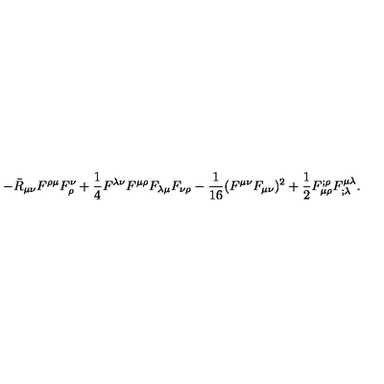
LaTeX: - \bar { R } _ { \mu \nu } F ^ { \rho \mu } F _ { \rho } ^ { \nu } + \frac 1 4 F ^ { \lambda \nu } F ^ { \mu \rho } F _ { \lambda \mu } F _ { \nu \rho } - { \frac { 1 } { 1 6 } } ( F ^ { \mu \nu } F _ { \mu \nu } ) ^ { 2 } + \frac 1 2 F _ { \mu \rho } ^ { ; \rho } F ^ { \mu \lambda } _ { ; \lambda } .